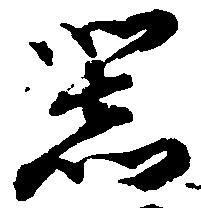
器